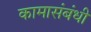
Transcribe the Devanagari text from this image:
कामासंबंधी